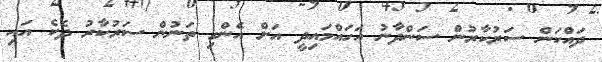
ދައްކަން ސަރުކާރުން ސަންދާނު އަހައްމައިދީ އަށް އެންގި ތަނުން ސަރުކާރު ދެކެ އައި